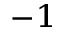
^ { - 1 }